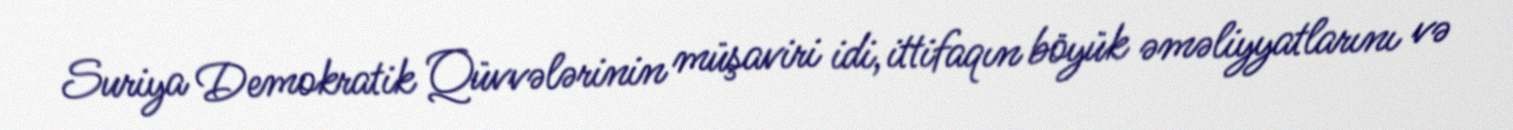
Suriya Demokratik Qüvvələrinin müşaviri idi, ittifaqın böyük əməliyyatlarını və